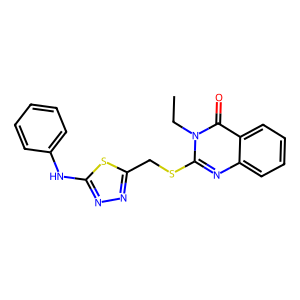
SMILES: CCn1c(SCc2nnc(Nc3ccccc3)s2)nc2ccccc2c1=O
Inhibits HIV replication: No